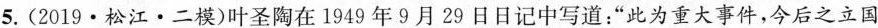
5.(2019·松江·二模)叶圣陶在1949年9月29日日记中写道：“此为重大事件，今后之立国